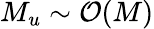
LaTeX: M_{u}\sim\mathcal{O}(M)